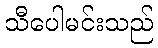
သီပေါမင်းသည်